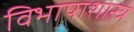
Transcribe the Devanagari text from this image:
विभाषाशास्त्र